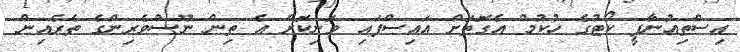
އިސްތިއުނާފީ ކޯޓުގެ ހުކުމް އެގޮތަށް އައިސްފައި ވަނިކޮށް އެ ތިން ނޫސްވެރިންގެ ތެރެއިން